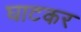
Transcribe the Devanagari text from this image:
घाटकर